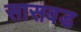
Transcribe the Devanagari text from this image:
सासवड